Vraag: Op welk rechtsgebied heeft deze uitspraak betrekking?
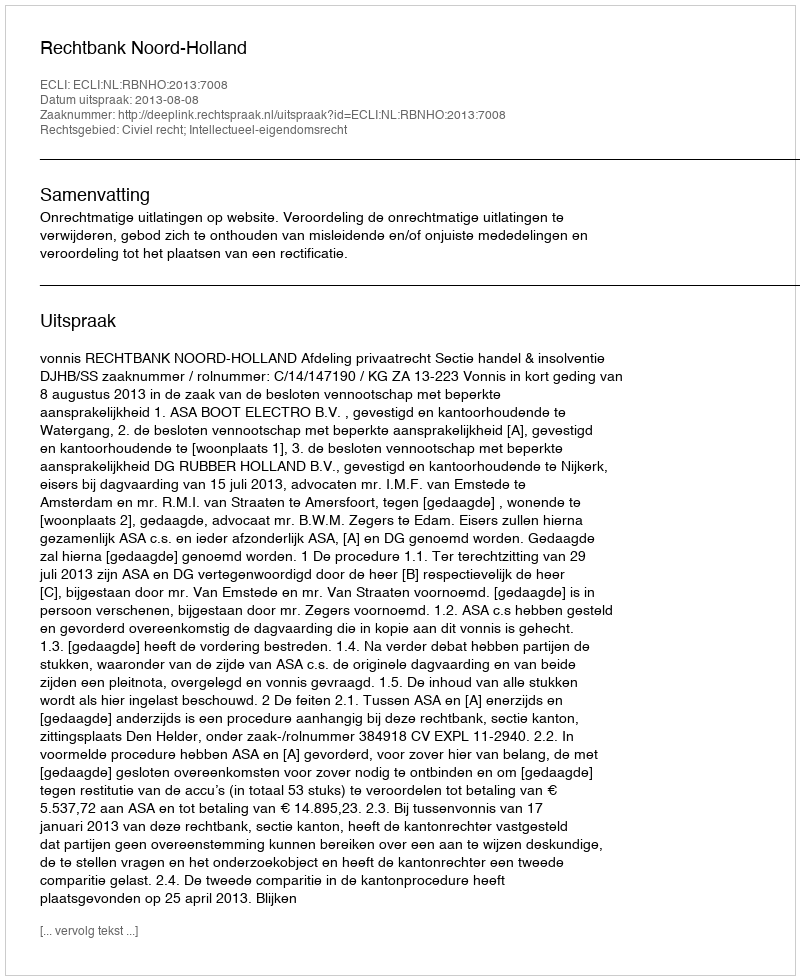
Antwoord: Civiel recht; Intellectueel-eigendomsrecht